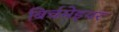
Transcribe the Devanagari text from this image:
बिर्चमेइयर